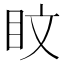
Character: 盿